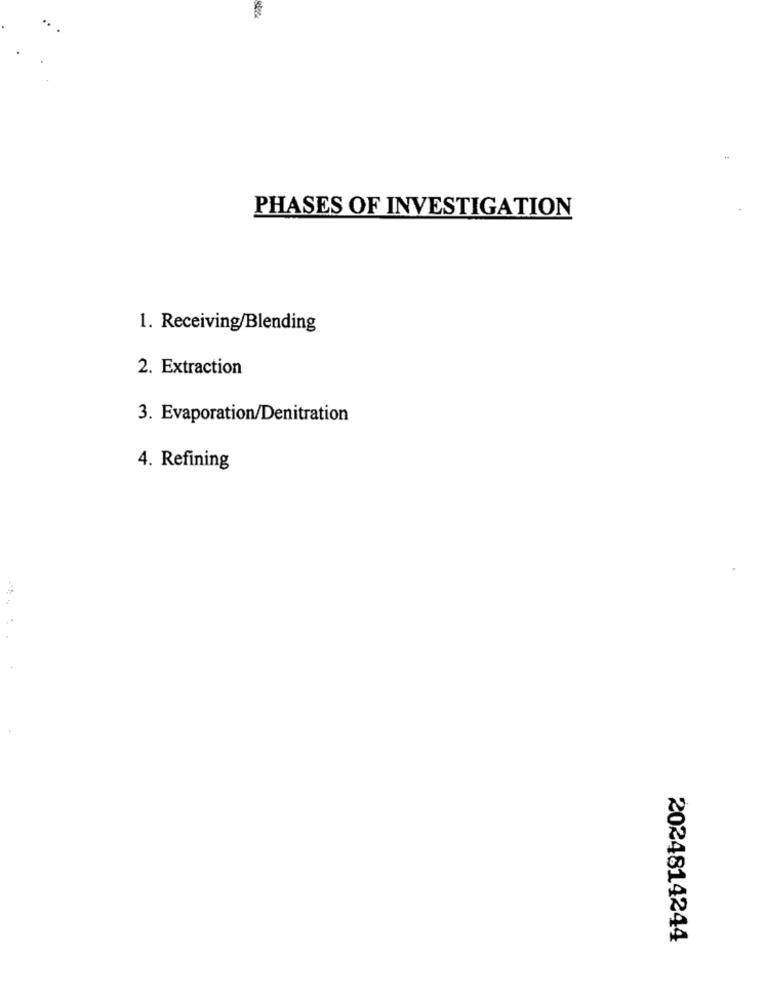
PHASES OF INVESTIGATION
1. Receiving/Blending
2. Extraction
3. Evaporation/Denitration
4. Refining
2024814244